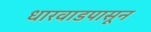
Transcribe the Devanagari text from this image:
धारवाडपासून